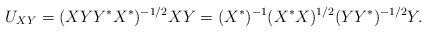
LaTeX: \begin{align*}U_{XY} = (XYY^*X^*)^{-1/2}XY = (X^*)^{-1} (X^*X)^{1/2}(YY^*)^{-1/2}Y.\end{align*}